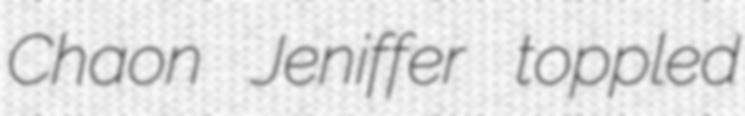
Chaon Jeniffer toppled